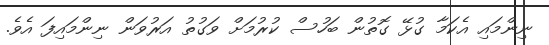
ނިންމައި އެކަމާ ގުޅޭ ގޮތުން ބަހުސް ކުރުމަށް ވަގުތު އަރުވަން ނިންމައިފަ އެވެ.